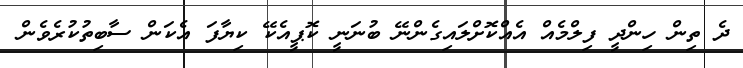
ދެ ތިން ހިންދީ ފިލްމެއް އެއްކޮށްލައިގެންނޭ ބުނަނީ ކޮޕީއެކޭ ކިޔާފަ އެކަން ސާބިތުކުރެވެން